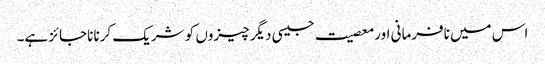
اس میں نافرمانی اور معصیت جیسی دیگر چیزوں کو شریک کرنا ناجائز ہے۔